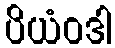
ပိယံဝဒါ